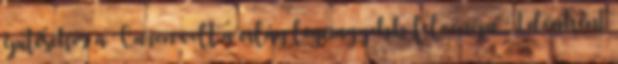
építésekor a Caron volt a világ legnagyobb felvonója. Időnként